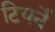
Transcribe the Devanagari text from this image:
टियर्ने